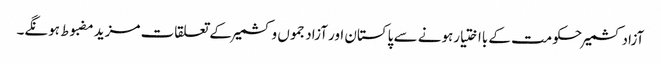
آزادکشمیرحکومت کے بااختیارہونے سے پاکستان اور آزادجموں وکشمیر کے تعلقات مزید مضبوط ہونگے۔